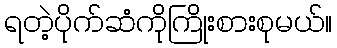
ရတဲ့ပိုက်ဆံကိုကြိုးစားစုမယ်။